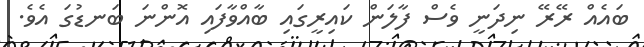
ބައެއް ރޭރޭ ނިދަނީ ވެސް ފާލަން ކައިރީގައި ބާއްވާފައި އޮންނަ ބަނޑުގަ އެވެ.